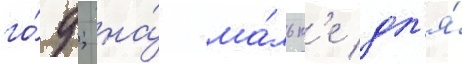
го́д; на́ ма́льт'е дл'я́